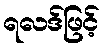
ရလဒ်ဖြင့်